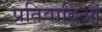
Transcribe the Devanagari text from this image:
प्रतिवादिओं